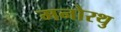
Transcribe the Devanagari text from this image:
मनोरथु